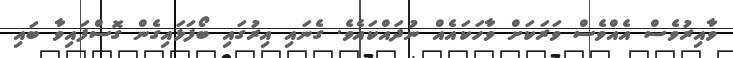
ވާއިރުވެސް އެއްވެސް ވަރަކަށް ވާހަކައެއް ނުދައްކައެވެ. ގެނައި އިރުގައި ބޯފަޅައިގެން ގޮސްފައިވާ ބައި